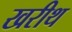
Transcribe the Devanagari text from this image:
खरीथ